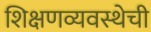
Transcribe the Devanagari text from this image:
शिक्षणव्यवस्थेची